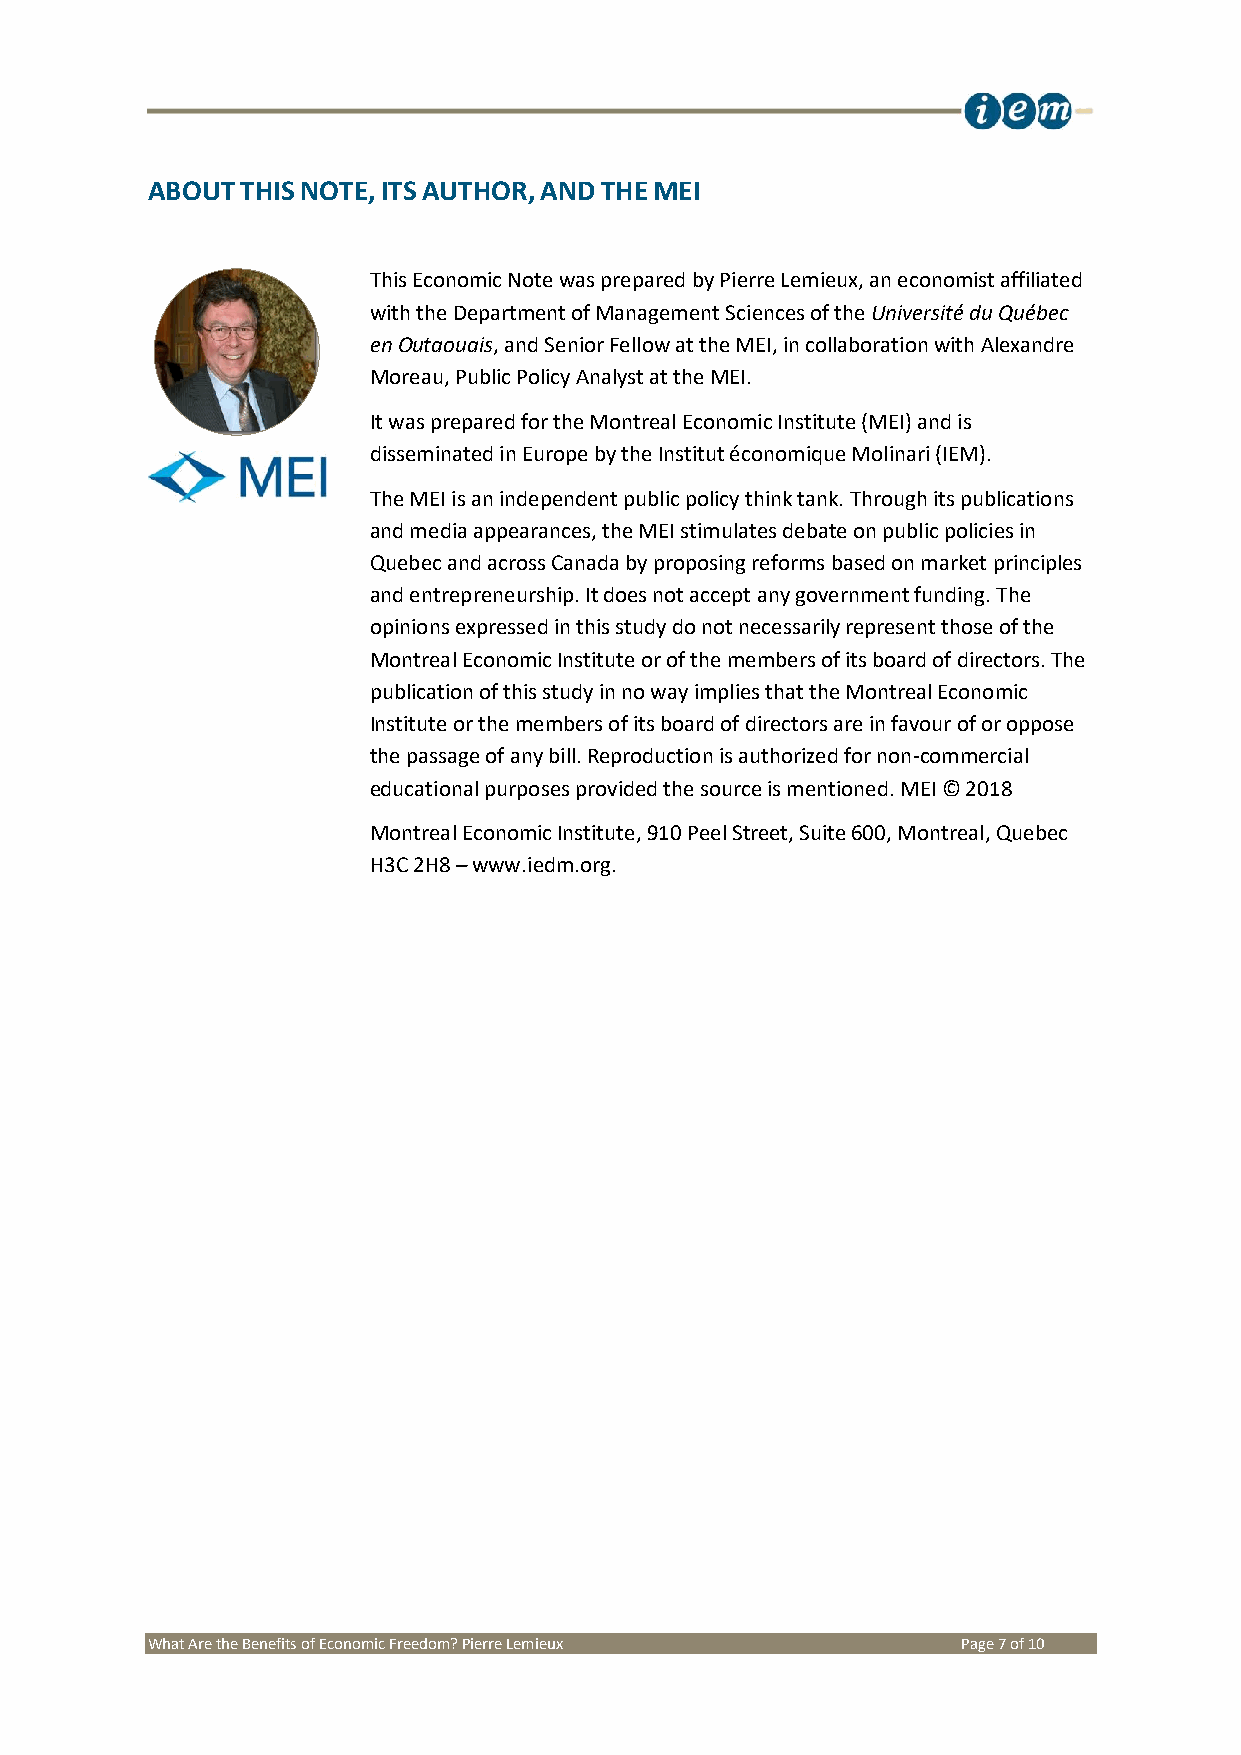
ABOUT THIS NOTE, ITS AUTHOR, AND THE MEI
 This Economic Note was prepared by Pierre Lemieux, an economist affiliated
 with the Department of Management Sciences of the Université du Québec
 en Outaouais, and Senior Fellow at the MEI, in collaboration with Alexandre
 Moreau, Public Policy Analyst at the MEI.
 It was prepared for the Montreal Economic Institute (MEI) and is
 disseminated in Europe by the Institut économique Molinari (IEM).
 The MEI is an independent public policy think tank. Through its publications
 and media appearances, the MEI stimulates debate on public policies in
 Quebec and across Canada by proposing reforms based on market principles
 and entrepreneurship. It does not accept any government funding. The
 opinions expressed in this study do not necessarily represent those of the
 Montreal Economic Institute or of the members of its board of directors. The
 publication of this study in no way implies that the Montreal Economic
 Institute or the members of its board of directors are in favour of or oppose
 the passage of any bill. Reproduction is authorized for non-commercial
 educational purposes provided the source is mentioned. MEI © 2018
 Montreal Economic Institute, 910 Peel Street, Suite 600, Montreal, Quebec
 H3C 2H8 – www.iedm.org.
 What Are the Benefits of Economic Freedom? Pierre Lemieux Page 7 of 10